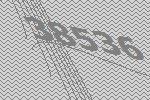
38536